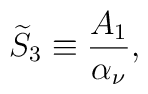
{\widetilde S}_{3} \equiv {A_{1}\over \alpha_{\nu}},